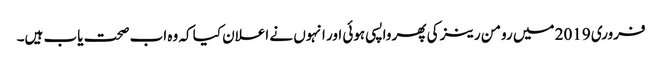
فروری 2019 میں رومن رینز کی پھر واپسی ہوئی اور انہوں نے اعلان کیا کہ وہ اب صحت یاب ہیں۔